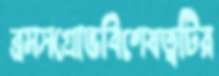
ব্রমসগ্রোভবিশেষত্বটির